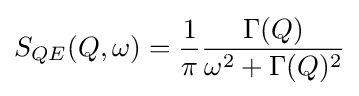
S_{QE}(Q,\omega )={\frac {1}{\pi }}{\frac {\Gamma (Q)}{\omega ^{2}+\Gamma (Q)^{2}}}